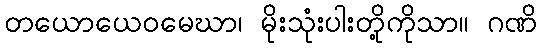
တယောယေဝမေဃာ၊ မိုးသုံးပါးတို့ကိုသာ။ ဂဏိ